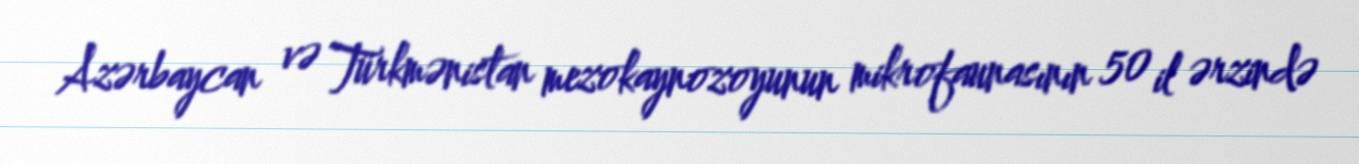
Azərbaycan və Türkmənistan mezokaynozoyunun mikrofaunasının 50 il ərzində